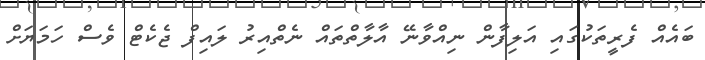
ބައެއް ފެރީތަކުގައި އަލިފާން ނިއްވާނޭ އާލާތްތައް ނެތްއިރު ލައިފް ޖެކެޓް ވެސް ހަމަޔަށް